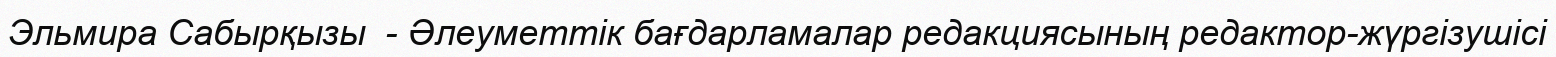
Эльмира Сабырқызы  - Әлеуметтік бағдарламалар редакциясының редактор-жүргізушісі